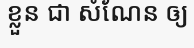
ខ្លួន ជា សំណែន ឲ្យ